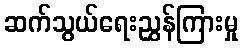
ဆက်သွယ်ရေးညွှန်ကြားမှု